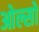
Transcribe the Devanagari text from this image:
ओल्सो